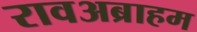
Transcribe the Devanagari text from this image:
रावअब्राहम